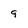
Character: 9